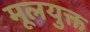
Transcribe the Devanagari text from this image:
मूलयुक्त